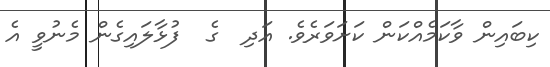
ކިބައިން ވާކަމެއްކަން ކަށަވަރެވެ. އަދި  ގެ  ފުޅާލައިގެން މެނުވީ އެ